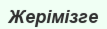
Жерімізге